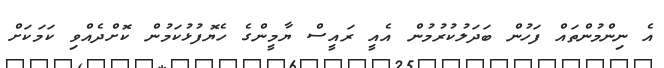
އެ ނިންމުންތައް ފަހުން ބަދަލުކުރުމުން އެއީ ރައީސް ޔާމީންގެ ހެޔޮފުޅުކަމުން ކޮށްދެއްވި ކަމަކަށް